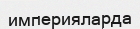
империяларда